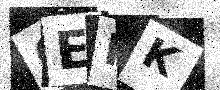
Text: 0EKK